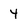
Character: 4